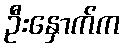
ဦးနှောက်က